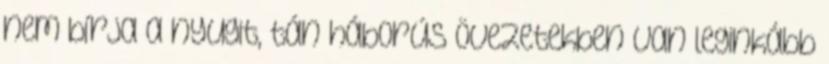
nem bírja a nyugit, tán háborús övezetekben van leginkább